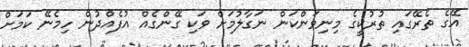
އޭގެ ތެރޭގައި ތުރުކީގެ މިނިވަންކަން ނަގާލުމަށް ވަކި ގޭންގެއް އުފެއްދުން ހިމެނޭ ކަމަށް